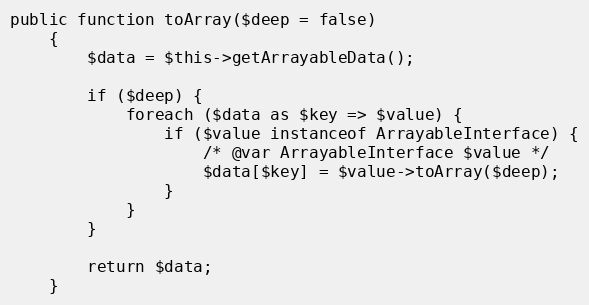
Language: PHP
public function toArray($deep = false)
    {
        $data = $this->getArrayableData();

        if ($deep) {
            foreach ($data as $key => $value) {
                if ($value instanceof ArrayableInterface) {
                    /* @var ArrayableInterface $value */
                    $data[$key] = $value->toArray($deep);
                }
            }
        }

        return $data;
    }